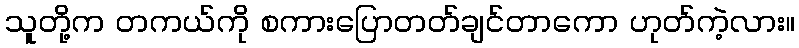
သူတို့က တကယ်ကို စကားပြောတတ်ချင်တာကော ဟုတ်ကဲ့လား။